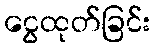
ငွေထုတ်ခြင်း